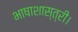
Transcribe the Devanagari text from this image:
भाषाशास्त्री।